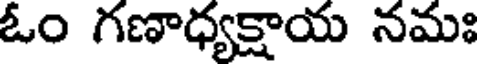
ఓం గణాధ్యక్షాయ నమః